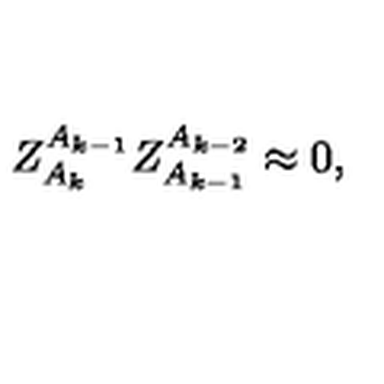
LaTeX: Z _ { A _ { k } } ^ { A _ { k - 1 } } Z _ { A _ { k - 1 } } ^ { A _ { k - 2 } } \approx 0 ,